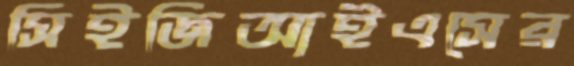
সিইজিআইএসের